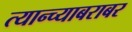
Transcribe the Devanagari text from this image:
त्यान्च्याबराबर